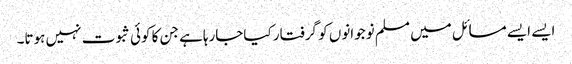
ایسے ایسے مسائل میں مسلم نوجوانوں کو گرفتار کیاجارہاہے جن کا کوئی ثبوت نہیں ہوتا۔